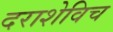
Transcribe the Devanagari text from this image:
दराशेविच